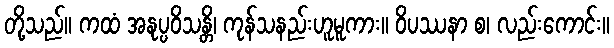
တို့သည်။ ကထံ အနုပ္ပဝိသန္တိ၊ ကုန်သနည်းဟူမူကား။ ဝိပဿနာ စ၊ လည်းကောင်း။